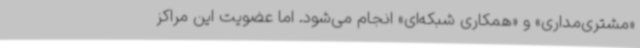
«مشتری‌مداری» و «همکاری شبکه‌ای» انجام می‌شود. اما عضویت این مراکز